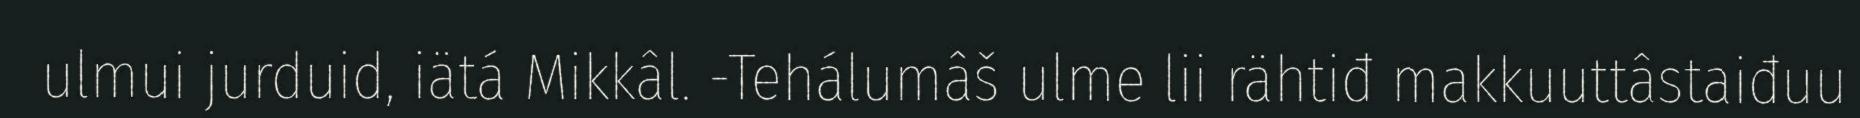
ulmui jurduid, iätá Mikkâl. -Tehálumâš ulme lii rähtiđ makkuuttâstaiđuu